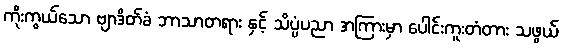
ကိုးကွယ်သော ဗျာဒိတ်ခံ ဘာသာတရား နှင့် သိပ္ပံပညာ အကြားမှာ ပေါင်းကူးတံတား သဖွယ်